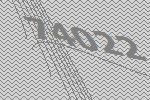
74022